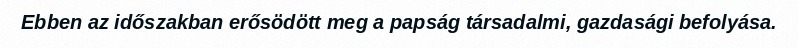
Ebben az időszakban erősödött meg a papság társadalmi, gazdasági befolyása.